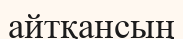
айтқансың